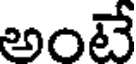
అంటే